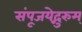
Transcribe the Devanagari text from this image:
संपूजयेद्गुरुम्